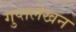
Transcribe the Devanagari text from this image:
गुप्तलेखन